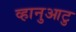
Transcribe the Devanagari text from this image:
व्हानुआटु